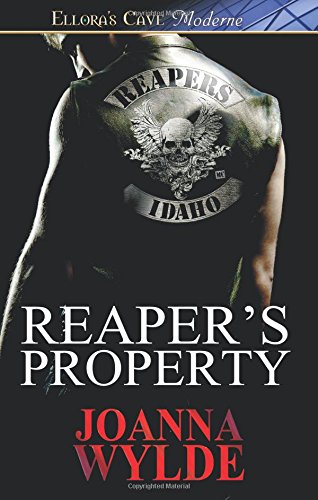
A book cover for Reaper's Property (Ellora's Cave Moderne); Joanna Wylde; Romance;